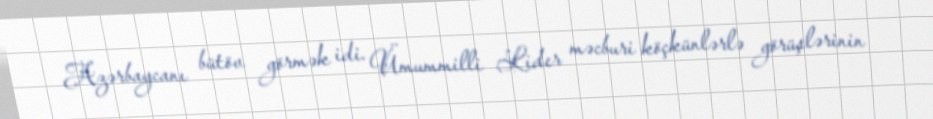
Azərbaycanı bütöv görmək idi. Ümummilli Lider məcburi köçkünlərlə görüşlərinin